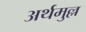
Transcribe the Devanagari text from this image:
अर्थमुल्ल